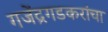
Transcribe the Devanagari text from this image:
गजेंद्रगडकरांचा